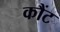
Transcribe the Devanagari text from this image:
कौंट